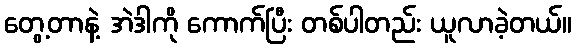
တွေ့တာနဲ့ အဲဒါကို ကောက်ပြီး တစ်ပါတည်း ယူလာခဲ့တယ်။